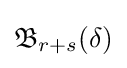
{\mathfrak {B}}_{r+s}(\delta )